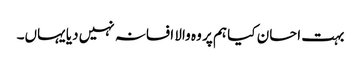
بہت احسان کیا ہم پر وہ والا افسانہ نہیں دیا یہاں۔